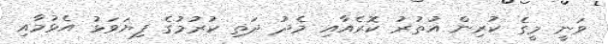
ވަނީ މީގެ ކުރިން އުތުރު ކޮރެއާއި މެދު ދަތި ކުރުމުގެ ފިޔަވަޅު އެޅުމާއި